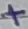
Text: +